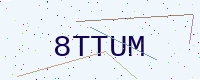
Text: 8TTUM